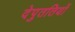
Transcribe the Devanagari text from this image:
देपुततियों